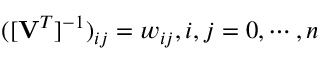
( [ \mathbf { V } ^ { T } ] ^ { - 1 } ) _ { i j } = w _ { i j } , i , j = 0 , \cdots , n